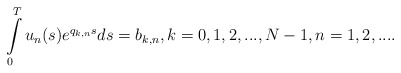
\begin{align*}\int\limits_0^Tu_n(s)e^{q_{k,n}s}ds=b_{k,n},k=0,1,2,...,N-1,n=1,2,....\end{align*}